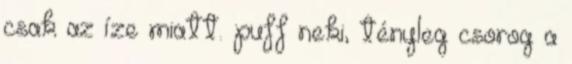
csak az íze miatt. puff neki, tényleg csorog a